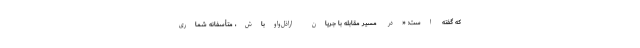
که گفته است: «‌در مسیر مقابله با جریان اراذل‌و‌اوباش، متأسفانه شماری